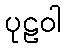
ပုဠဝါ